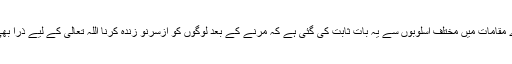
قرآن کے دوسرے مقامات میں مختلف اسلوبوں سے یہ بات ثابت کی گئی ہے کہ مرنے کے بعد لوگوں کو ازسرنو زندہ کرنا اللہ تعالیٰ کے لیے ذرا بھی مشکل نہیں ہے۔